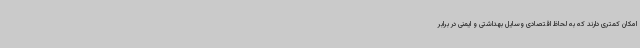
امکان کمتری دارند که به لحاظ اقتصادی وسایل بهداشتی و ایمنی در برابر